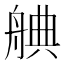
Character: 𮎒